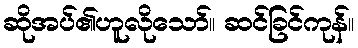
ဆိုအပ်၏ဟူလိုသော်။ ဆင်ခြင်ကုန်။